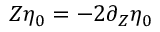
Z \eta _ { 0 } = - 2 \partial _ { Z } \eta _ { 0 }